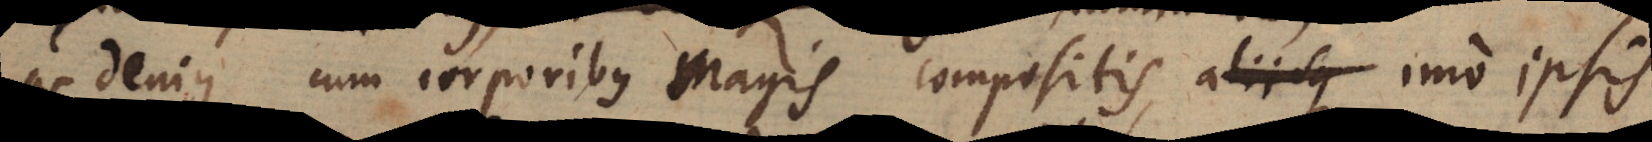
ac denique cum corporibus magis compositis, aliisque imo ipsis